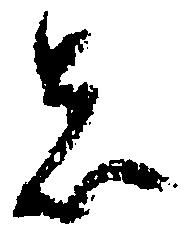
者